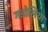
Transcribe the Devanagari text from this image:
गडोलिया